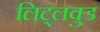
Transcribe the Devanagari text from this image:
लिट्लवुड